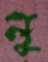
লু